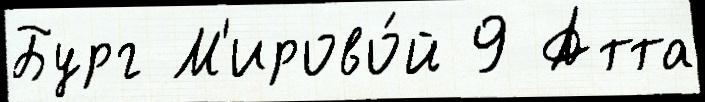
Бург М'ирово́й 9 Атта